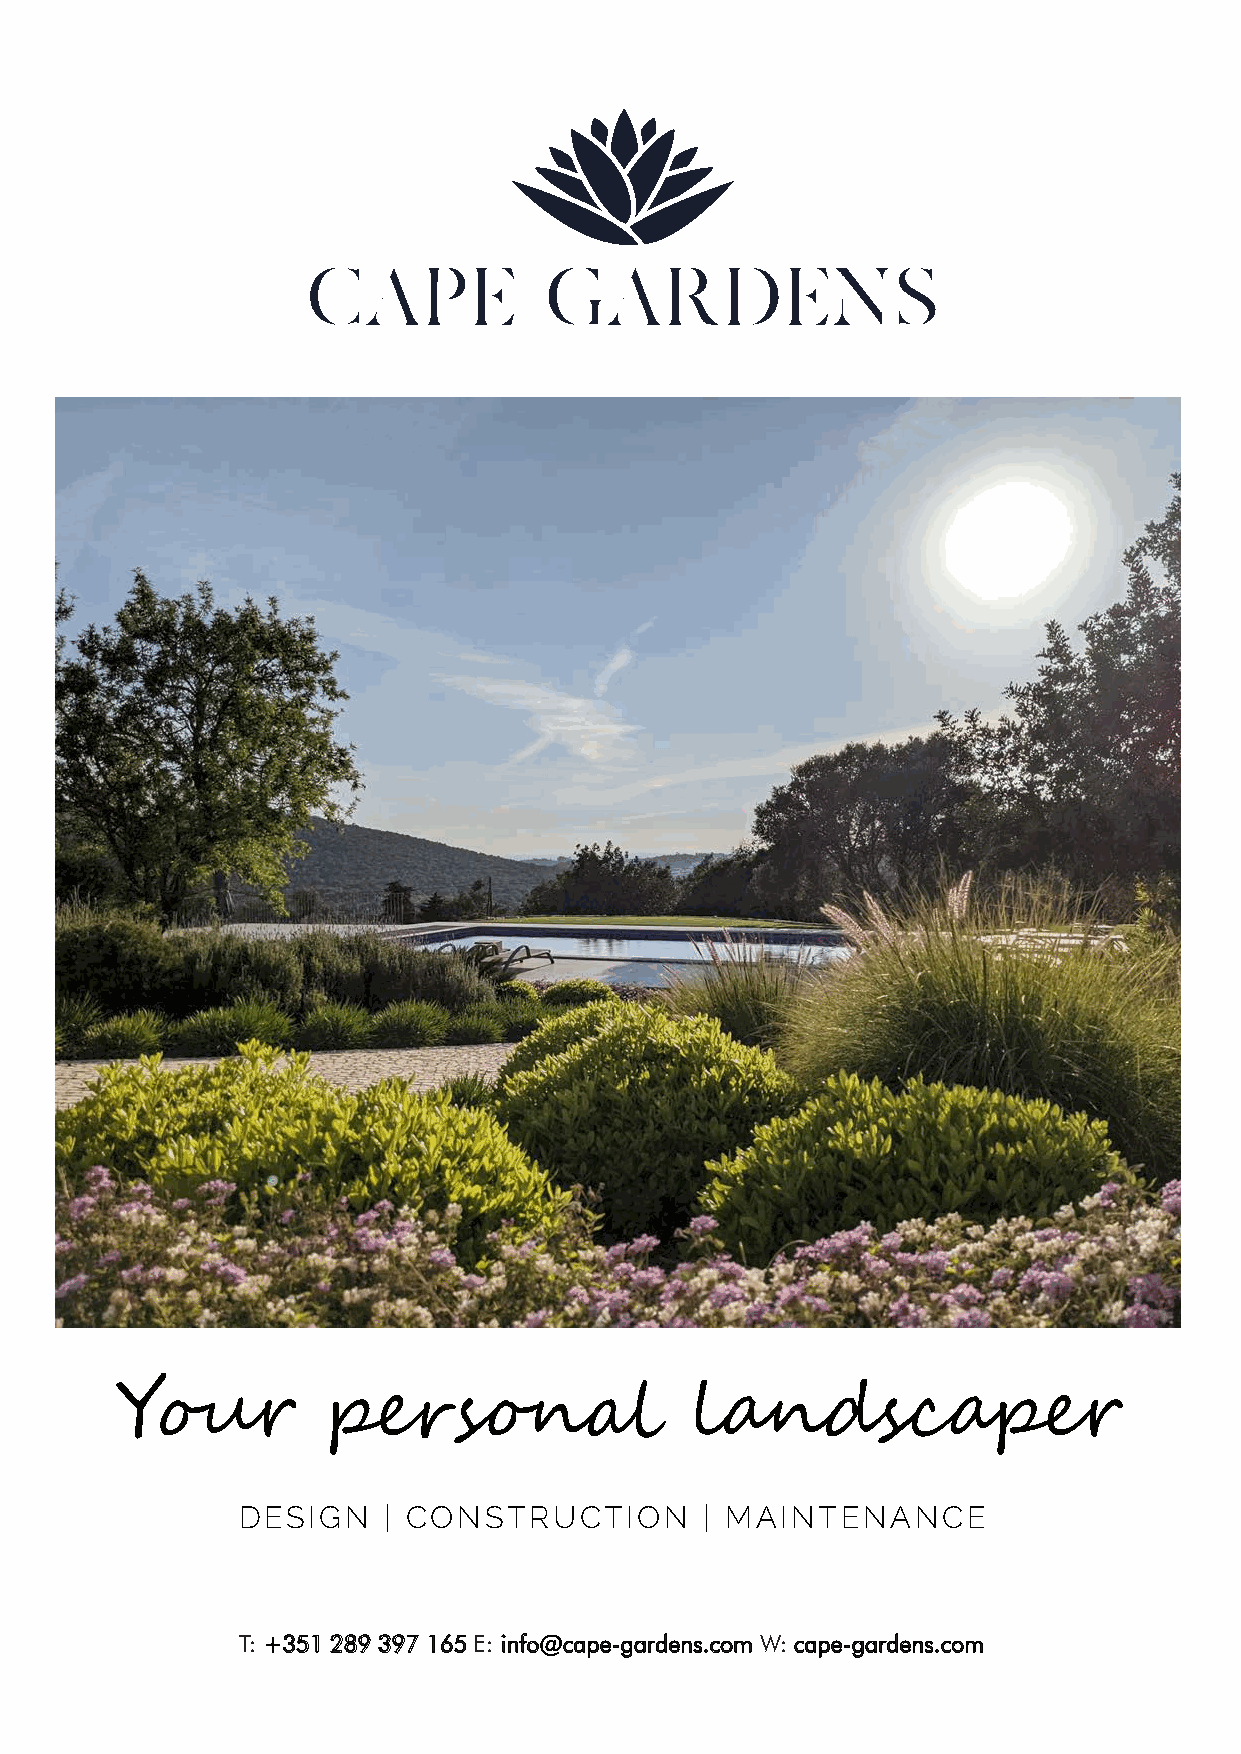
Y���          ��rs�n��                l�ndsc����
 DESIGN   | CONS   TRUC  TION  | MAINTE   NANCE
 T: +351 289 397 165 E: info@cape-gardens.com W: cape-gardens.com